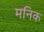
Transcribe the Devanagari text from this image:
मनिक